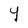
Character: Y